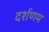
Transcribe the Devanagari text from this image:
दर्शणम